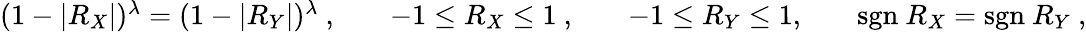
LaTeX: \begin{array}{rlrlrlr}{(1-|R_{X}|)^{\lambda}=(1-|R_{Y}|)^{\lambda}~,}&{{}}&{-1\le R_{X}\le 1~,}&{{}}&{-1\le R_{Y}\le 1,}&{{}}&{\textrm{sgn}~R_{X}=\textrm{sgn}~R_{Y}~,}\end{array}